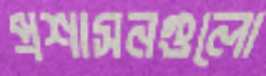
প্রশাসনগুলো